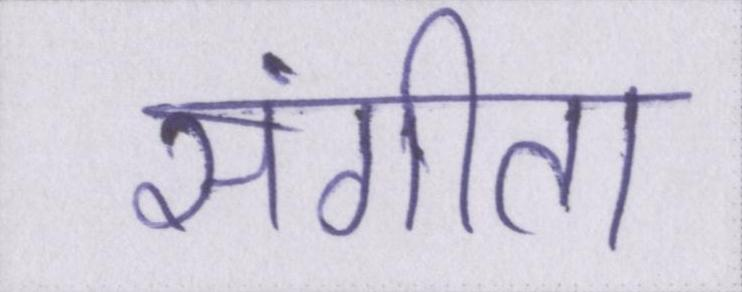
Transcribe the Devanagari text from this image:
संगीता